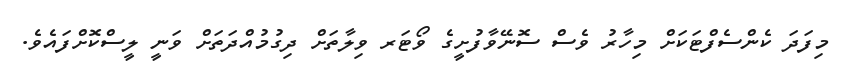
މިފަދަ ކެންސެފްޓަކަށް މިހާރު ވެސް ސޮނޭވާފުށީގެ ވޯޓަރ ވިލާތަށް ދިގުމުއްދަތަށް ވަނީ ލީސްކޮށްފައެވެ.